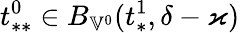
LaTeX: t_{**}^{0}\in B_{\mathbb{V}^{0}}(t_{*}^{1},\delta-\varkappa)